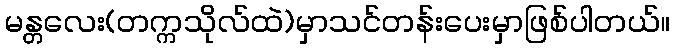
မန္တလေး(တက္ကသိုလ်ထဲ)မှာသင်တန်းပေးမှာဖြစ်ပါတယ်။